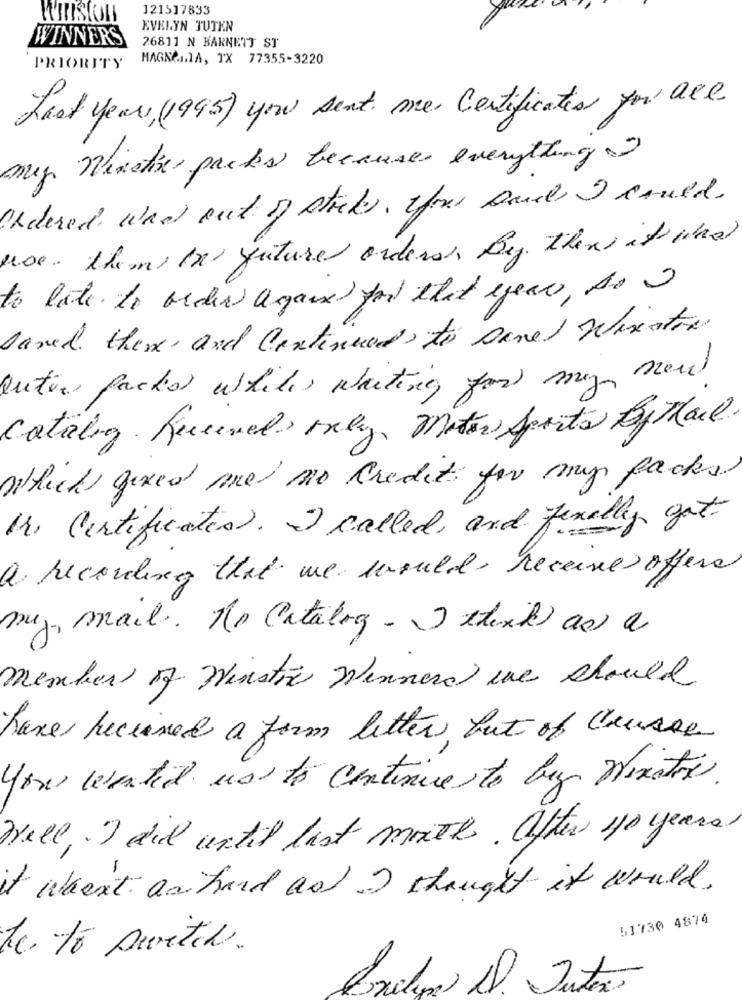
121517833
WINSTON
EVELYN TUTEN
WINNERS
26811 N BARNETT ST
MAGNOLIA, TX 77355-3220
PRIORITY
Last year,(1995) you sent me Certificates you are
my Winotiser packs because everything 2
Ordered was out of sticks , yfour band I could .
noe. them In future orders Be there is what
to late to order again for that year, so I
David there and Continued to Danel Wiratre
outer packs while waiting for my new
catalog Received, Mely, Motor Sports By Mail.
which fixed one no credit for my packs
Mr. Certificates). I called, and finally got.
a recording that we would receive offers
my mail. No catalog - I think) as a
member of Winstre Winners we should
have received a form letter, but of course
you wanted us to continue to buy Nixation.
Well, I did until last month. After 40 years.
it wasn't aci hard as I thought it would.
51730 4874
de to switch.